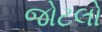
જોટલો